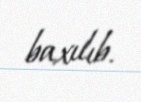
baxılıb.